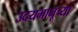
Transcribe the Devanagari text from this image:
उदयभानूच्या